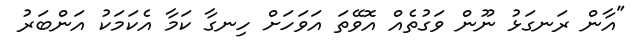
"އާން ރަނގަޅު ނޫން ވަގުތެއް އޮވޭތަ އަވަހަށް ހިނގާ ކަމާ އެކަމަކު އަންބަރު